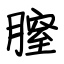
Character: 膣